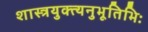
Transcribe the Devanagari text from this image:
शास्त्रयुक्त्यनुभूतिभिः